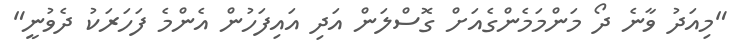
"މިއަދު ވާނެ ދޯ މަންމަމެންގެއަށް ގޮސްލަން އަދި އައިފަހުން އެންމެ ފަހަރަކު ދެވުނީ"